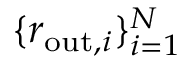
\{ r _ { \mathrm { o u t } , i } \} _ { i = 1 } ^ { N }